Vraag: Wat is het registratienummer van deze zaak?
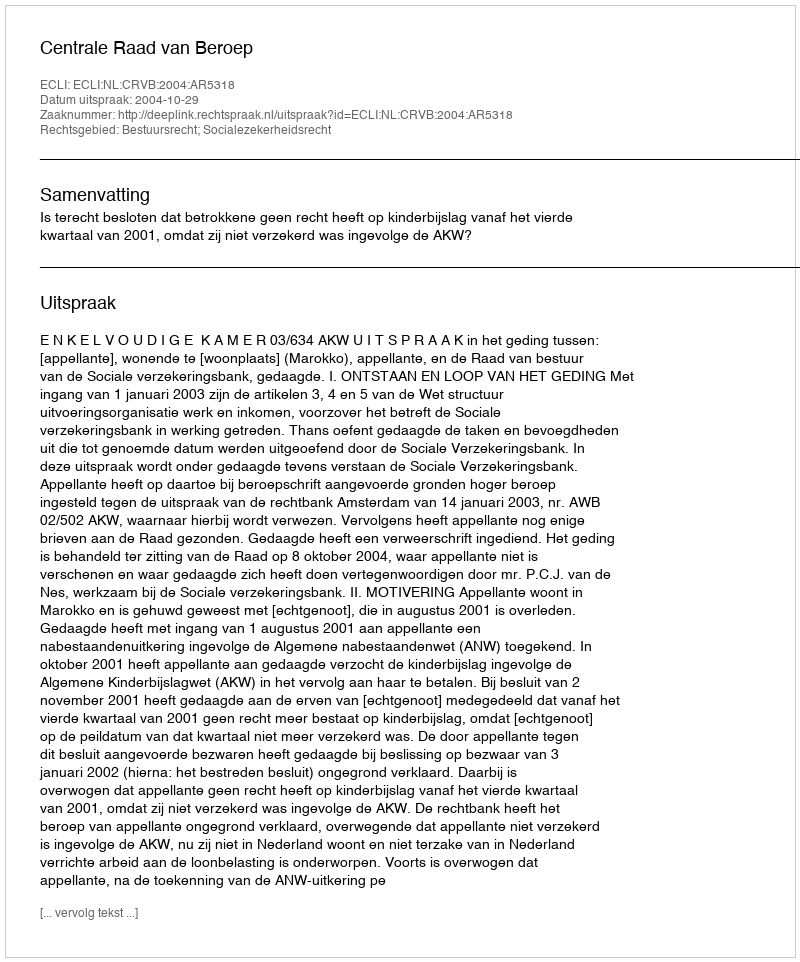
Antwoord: http://deeplink.rechtspraak.nl/uitspraak?id=ECLI:NL:CRVB:2004:AR5318